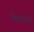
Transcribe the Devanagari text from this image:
चेतनारोप